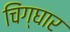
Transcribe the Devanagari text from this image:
चिंग्घार